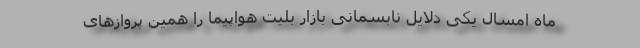
ماه امسال یکی دلایل نابسمانی بازار بلیت هواپیما را همین پروازهای